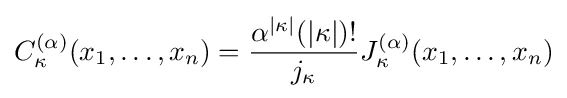
C_{\kappa }^{(\alpha )}(x_{1},\ldots ,x_{n})={\frac {\alpha ^{|\kappa |}(|\kappa |)!}{j_{\kappa }}}J_{\kappa }^{(\alpha )}(x_{1},\ldots ,x_{n})